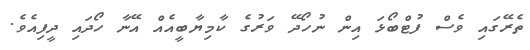
ތެރޭގައި ވެސް ފުޓްބޯޅަ އިން ނުހޯދޭ ވަރުގެ ކާމިޔާބީއެއް އޭނާ ހޯދައި ދީފިއެވެ.